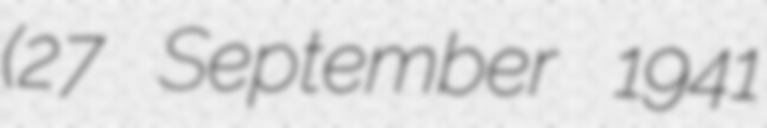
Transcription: (27 September 1941